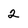
Character: 2